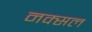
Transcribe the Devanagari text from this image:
नक्‍सल